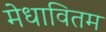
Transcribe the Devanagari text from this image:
मेधावितम